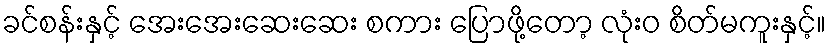
ခင်စန်းနှင့် အေးအေးဆေးဆေး စကား ပြောဖို့တော့ လုံးဝ စိတ်မကူးနှင့်။